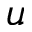
u